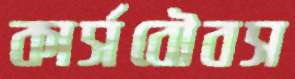
কার্সবৌবস